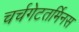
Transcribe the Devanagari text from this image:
चर्चगेटतर्मिनस